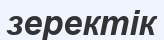
зеректік